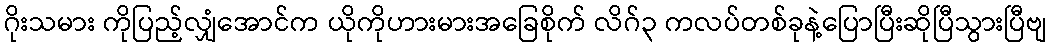
ဂိုးသမား ကိုပြည့်လျှံအောင်က ယိုကိုဟားမားအခြေစိုက် လိဂ်၃ ကလပ်တစ်ခုနဲ့ပြောပြီးဆိုပြီသွားပြီဗျ